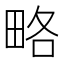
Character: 略